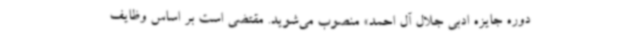
دوره جایزه ادبی جلال آل احمد» منصوب می‌شوید. مقتضی است بر اساس وظایف